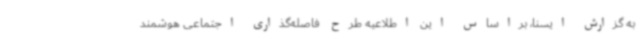
به گزارش ایسنا، براساس این اطلاعیه طرح فاصله‌گذاری اجتماعی هوشمند